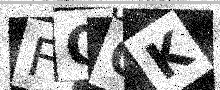
Text: FQOK